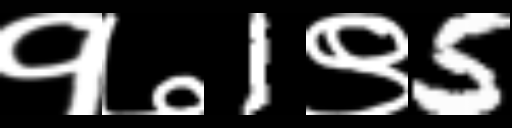
Text: १७1९5